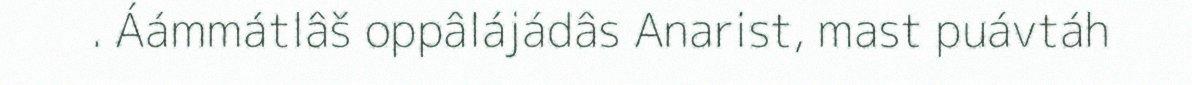
. Áámmátlâš oppâlájádâs Anarist, mast puávtáh